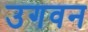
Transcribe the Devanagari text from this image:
उगवन